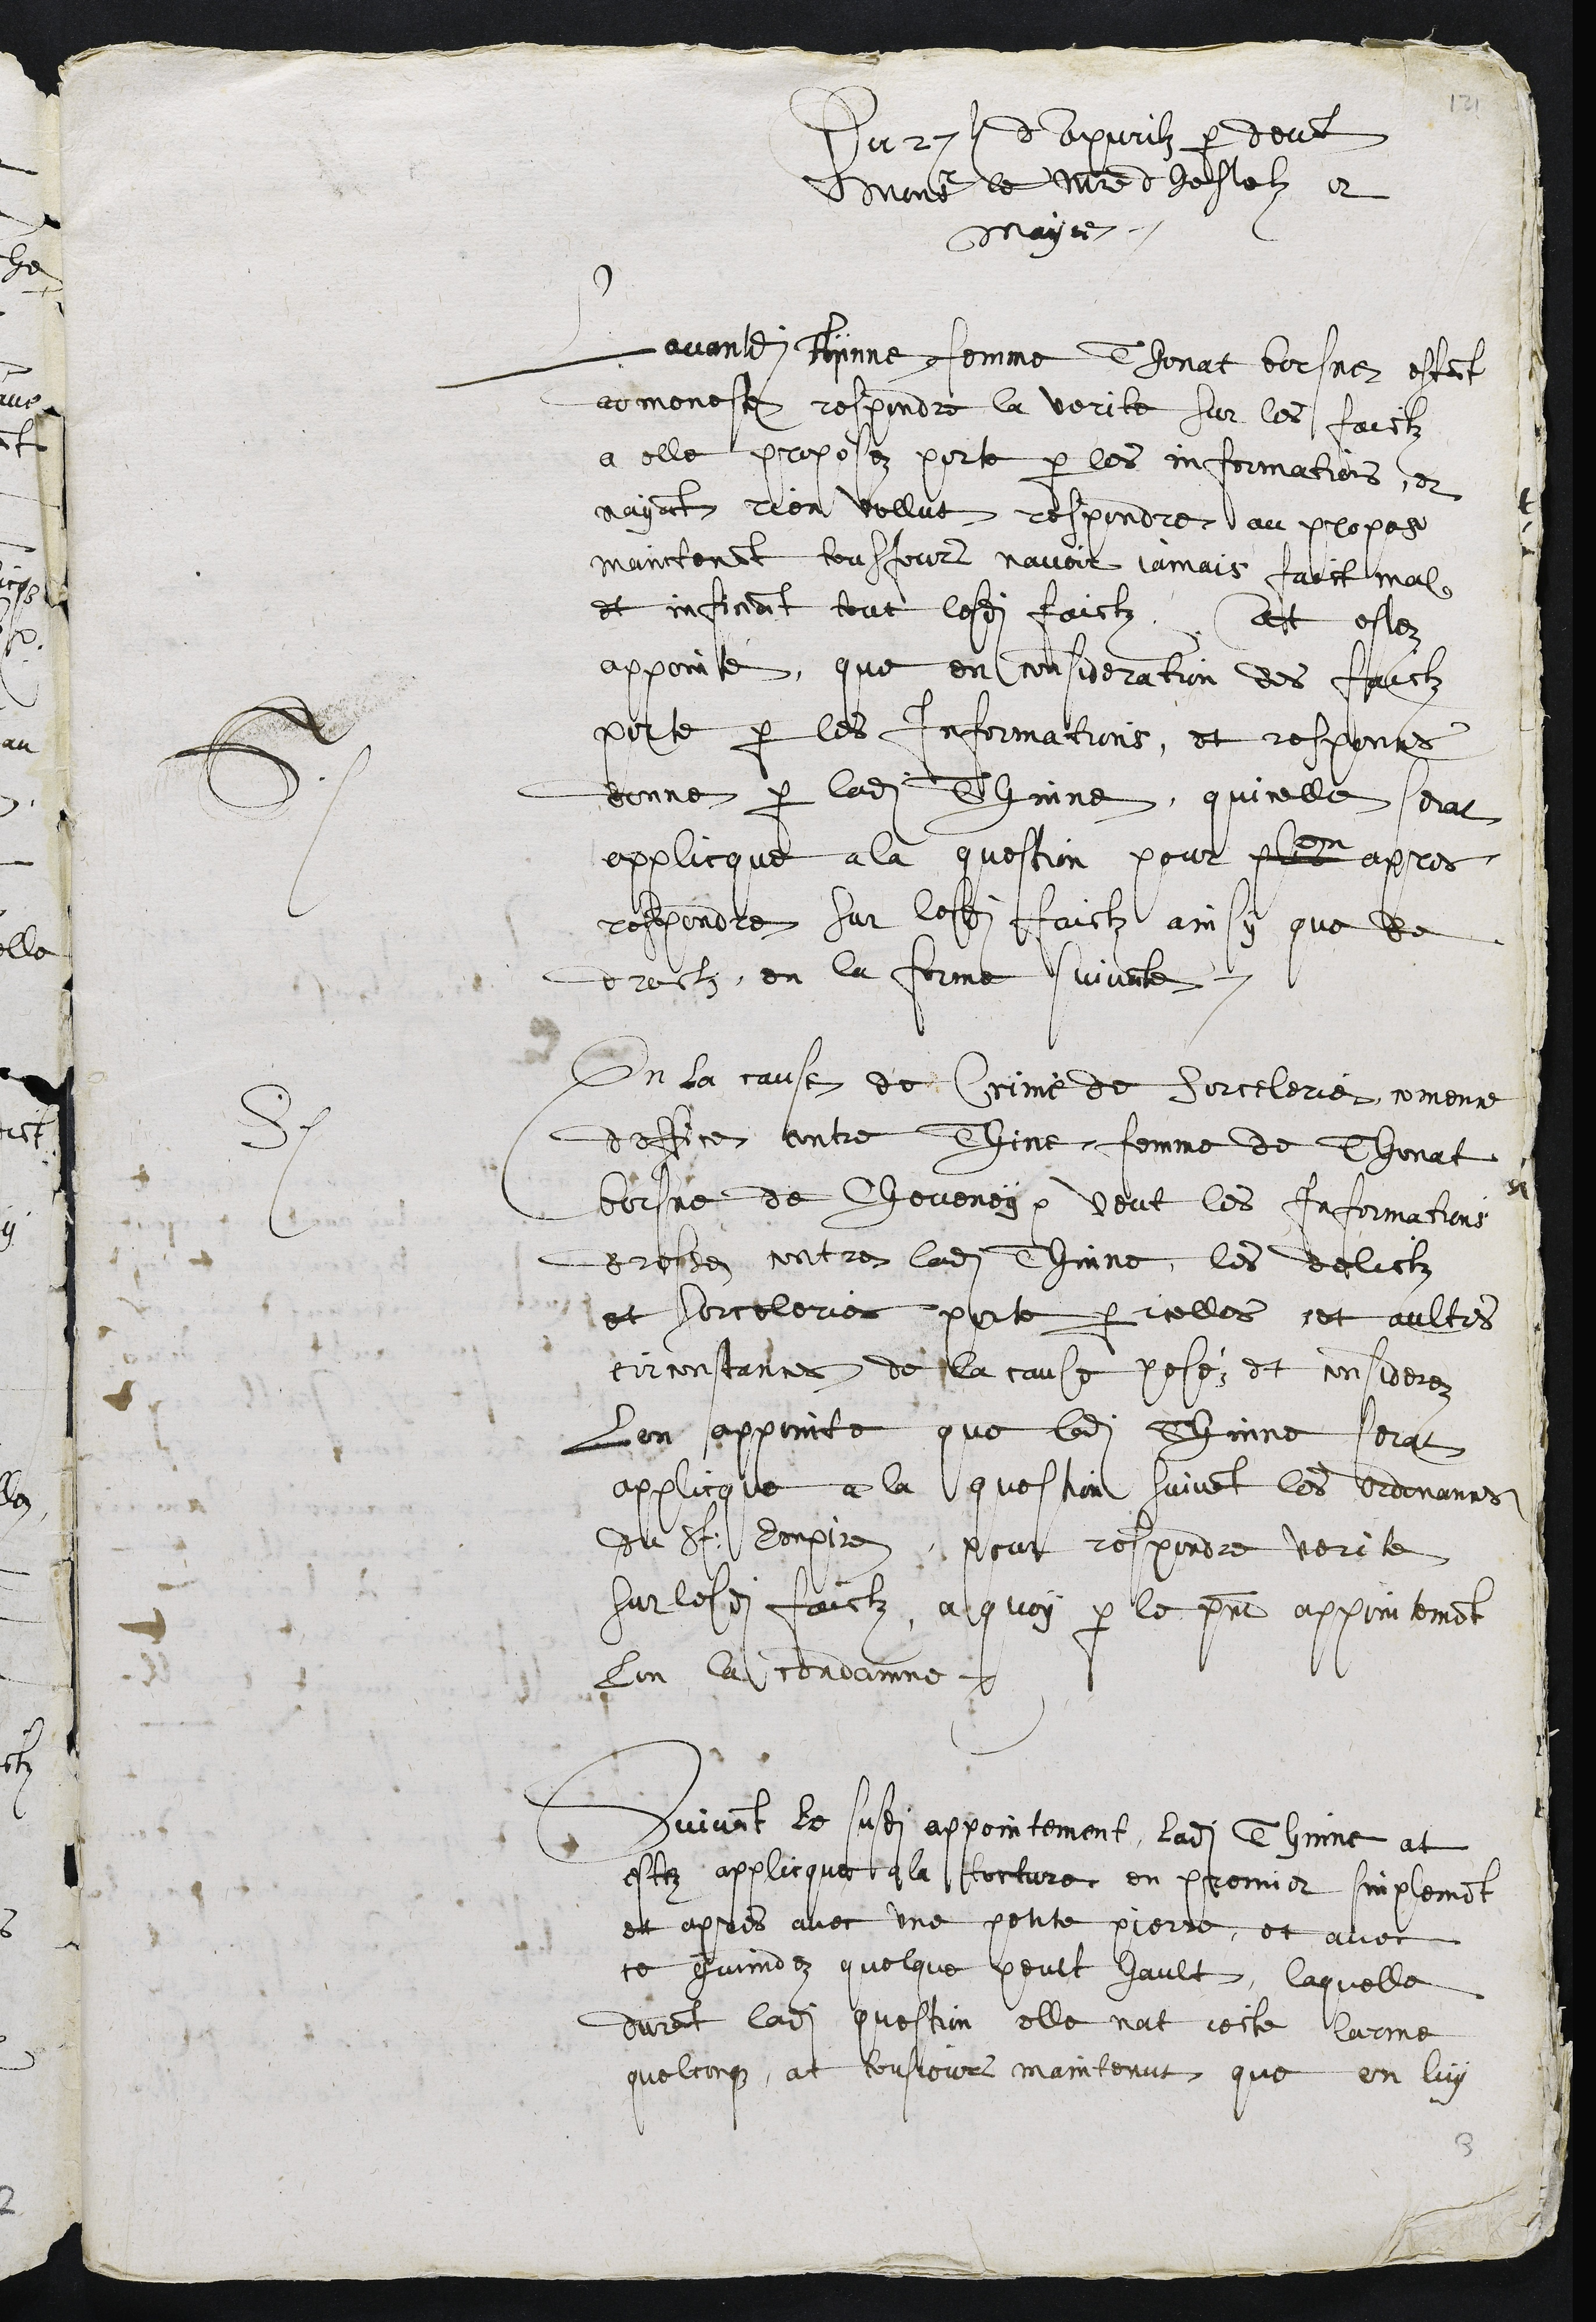
Du 27e dApvrilz par devant
Monsr le Maistre dhostelz et
Mayre.
Sentence
Lavantdite Thynne femme Thonat borsne estant
admoneste respondre la verite sur les faictz
a elle proposez porte par les informations, et
nayant rien vollut respondre au propos
maintenant tousjours navoir jamais faict mal
et inficiant tout lesdits faictz. At estez
appointé, que en consideration des faictz
porte par les Informations, et responces
donne par ladite Thinne, quicelle serat
applicque a la question pour plus
en
apres
respondre sur lesdits faictz ainsy que de
droictz, en la forme suivante.
En la cause de Crime de sorcelerie, comence
doffice contre Thine femme de Thonat
borsne de Cheveney, veut les Informations
dressez contre ladite Thinne les delictz
et sorceleries porte par icelles et aultres
circonstances de la cause poséz et considerez
Sentence
Lon appointe que ladite Thinne sera
applicque a la question suivant les ordonances
du St: Empire, pour respondre verite
sur lesdits faictz, a quoy par le present appointement
lon la condamne.
Suivant le susdit appointement, ladite Thinne at
estez applicquee a la torture en premier sinplement
et apres avec une petite pierre, et avec
ce guidez quelque peult hault, laquelle
durant ladite question elle nat jecte larme
quelconque, at tousjours maintenut que on luy

3